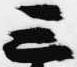
三